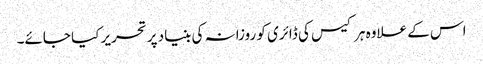
اس کے علاوہ ہر کیس کی ڈائری کو روزانہ کی بنیاد پر تحریر کیا جائے۔